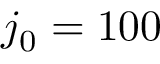
j _ { 0 } = 1 0 0